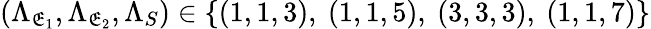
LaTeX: (\Lambda_{\mathfrak{E}_{1}},\Lambda_{\mathfrak{E}_{2}},\Lambda_{S})\in\{ (1,1,3),~(1,1,5),~(3,3,3),~(1,1,7)\}